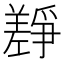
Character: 𰏎